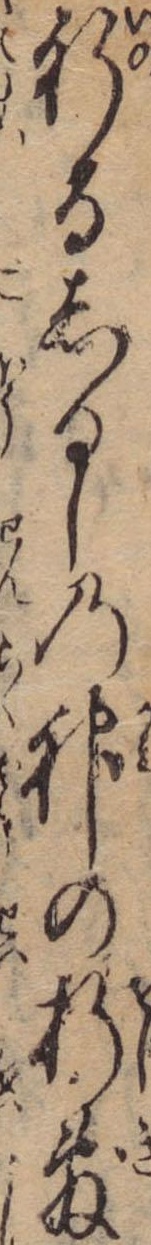
祈るしるしの神の折敷